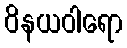
ဝိနယဝါရော